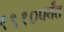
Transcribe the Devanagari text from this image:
१९१०पर्यंत